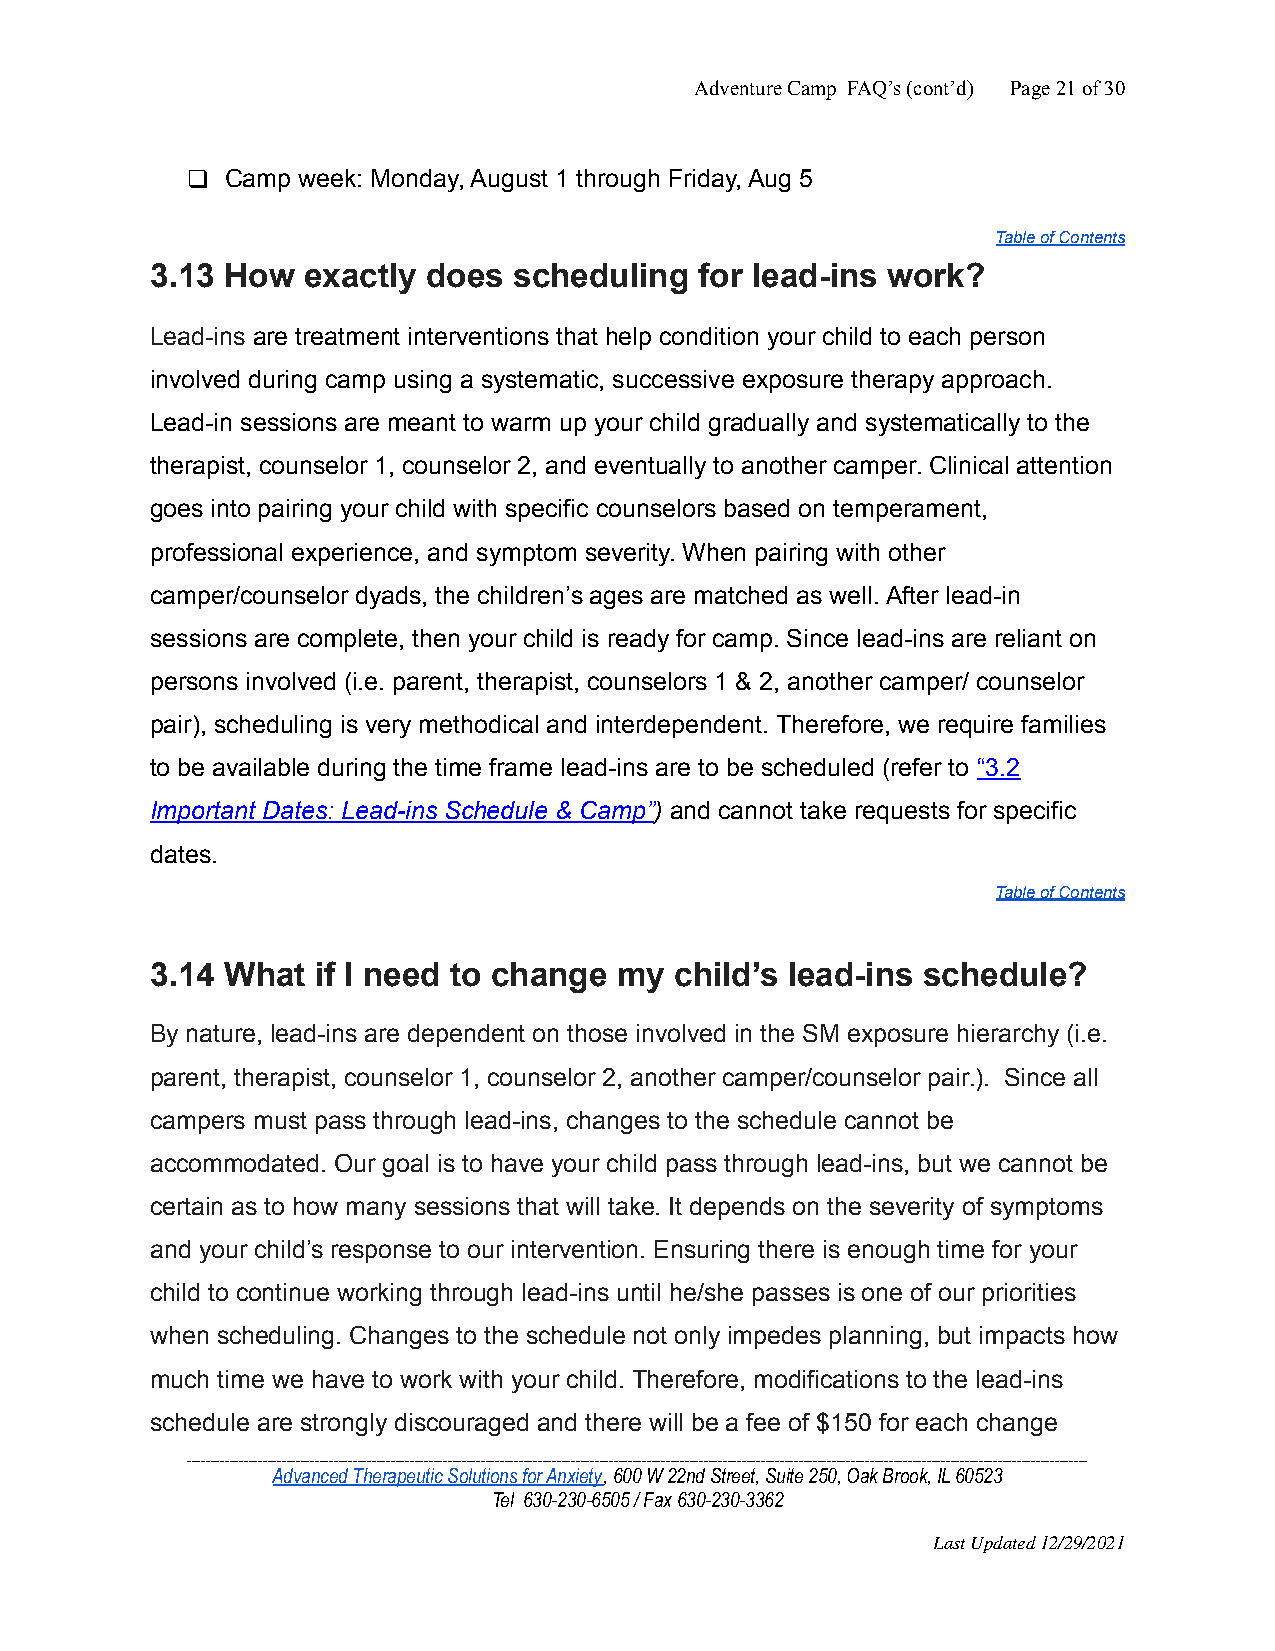
Adventure Camp FAQ’s (cont’d) Page21of30
 ❑  Camp week: Monday, August 1 through Friday, Aug 5
 Table of Contents
 3.13 How  exactly does  scheduling  for lead-ins work?
 Lead-ins are treatment interventions that help condition your child to each person
 involved during camp using a systematic, successive exposure therapy approach.
 Lead-in sessions are meant to warm up your child gradually and systematically to the
 therapist, counselor 1, counselor 2, and eventually to another camper. Clinical attention
 goes into pairing your child with specific counselors based on temperament,
 professional experience, and symptom severity. When pairing with other
 camper/counselor dyads, the children’s ages are matched as well. After lead-in
 sessions are complete, then your child is ready for camp. Since lead-ins are reliant on
 persons involved (i.e. parent, therapist, counselors 1 & 2, another camper/ counselor
 pair), scheduling is very methodical and interdependent. Therefore, we require families
 to be available during the time frame lead-ins are to be scheduled (refer to “3.2
 Important Dates: Lead-ins Schedule & Camp”) and cannot take requests for specific
 dates.
 Table of Contents
 3.14 What  if I need to change my  child’s lead-ins schedule?
 By nature, lead-ins are dependent on those involved in the SM exposure hierarchy (i.e.
 parent, therapist, counselor 1, counselor 2, another camper/counselor pair.). Since all
 campers must pass through lead-ins, changes to the schedule cannot be
 accommodated. Our goal is to have your child pass through lead-ins, but we cannot be
 certain as to how many sessions that will take. It depends on the severity of symptoms
 and your child’s response to our intervention. Ensuring there is enough time for your
 child to continue working through lead-ins until he/she passes is one of our priorities
 when scheduling. Changes to the schedule not only impedes planning, but impacts how
 much time we have to work with your child. Therefore, modifications to the lead-ins
 schedule are strongly discouraged and there will be a fee of $150 for each change
 ______________________________________________________________________________________________________________________________________________________________________________________________
 Advanced Therapeutic Solutions for Anxiety, 600 W22nd Street, Suite 250, Oak Brook, IL 60523
 Tel 630-230-6505 / Fax 630-230-3362
 Last Updated 12/29/2021